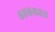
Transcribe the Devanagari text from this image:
५५६६३२